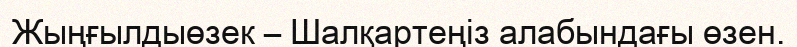
Жыңғылдыөзек – Шалқартеңіз алабындағы өзен.